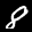
Label: 8